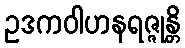
ဥဒကဝါဟနရဇ္ဇုန္တိ